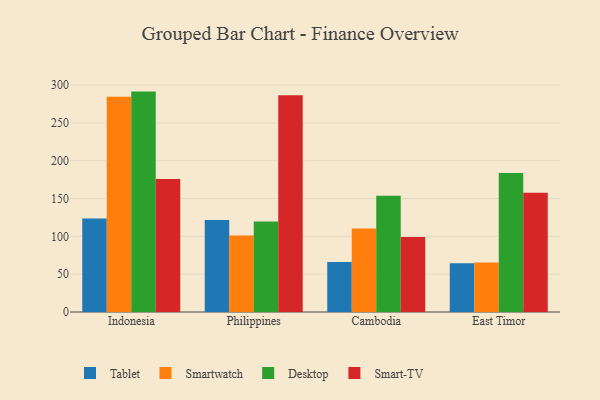
{"axis": {"x": "Country", "y": "Conversion Rate (%)"}, "legend": ["Desktop", "Smart-TV", "Smartwatch", "Tablet"], "data": [{"x": "Indonesia", "y": 123.5, "type": "Tablet"}, {"x": "Indonesia", "y": 284.6, "type": "Smartwatch"}, {"x": "Indonesia", "y": 291.3, "type": "Desktop"}, {"x": "Indonesia", "y": 175.7, "type": "Smart-TV"}, {"x": "Philippines", "y": 121.7, "type": "Tablet"}, {"x": "Philippines", "y": 101.1, "type": "Smartwatch"}, {"x": "Philippines", "y": 119.6, "type": "Desktop"}, {"x": "Philippines", "y": 286.6, "type": "Smart-TV"}, {"x": "Cambodia", "y": 66.0, "type": "Tablet"}, {"x": "Cambodia", "y": 110.3, "type": "Smartwatch"}, {"x": "Cambodia", "y": 153.7, "type": "Desktop"}, {"x": "Cambodia", "y": 99.1, "type": "Smart-TV"}, {"x": "East Timor", "y": 64.3, "type": "Tablet"}, {"x": "East Timor", "y": 65.3, "type": "Smartwatch"}, {"x": "East Timor", "y": 183.6, "type": "Desktop"}, {"x": "East Timor", "y": 157.6, "type": "Smart-TV"}]}